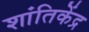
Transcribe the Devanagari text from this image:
शांतिकेंद्र